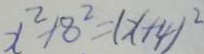
x ^ { 2 } + 8 ^ { 2 } = ( x + 4 ) ^ { 2 }